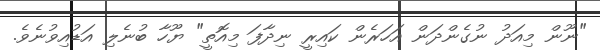
"ނޫން މިއަދު ނުގެންދަން އަހަރެން ކައިރީ ނިދާފަ މިއޮތީ" ޔޫހާ ބުނެލި އަޑުއިވުނެވެ.